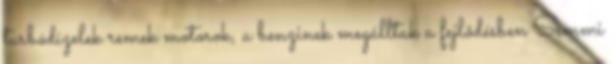
turbódízelek remek motorok, a benzinek megálltak a fejlõdésben Semmi